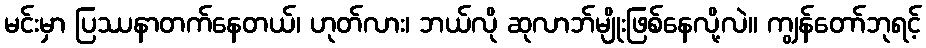
မင်းမှာ ပြဿနာတက်နေတယ်၊ ဟုတ်လား၊ ဘယ်လို ဆုလာဘ်မျိုးဖြစ်နေလို့လဲ။ ကျွန်တော်ဘုရင့်